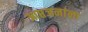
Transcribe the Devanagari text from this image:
आप्तजनांना